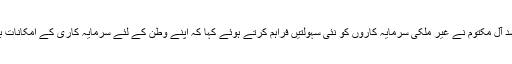
شیخ محمد بن راشد آل مکتوم نے غیر ملکی سرمایہ کاروں کو نئی سہولتیں فراہم کرتے ہوئے کہا کہ اپنے وطن کے لئے سرمایہ کاری کے امکانات بڑھانا چاہتے ہیں۔